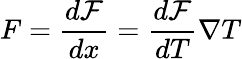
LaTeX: F=\frac{d\mathcal{F}}{dx}=\frac{d\mathcal{F}}{dT}\nabla T